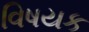
વિષયક